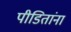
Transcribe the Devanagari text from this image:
पीडितांना